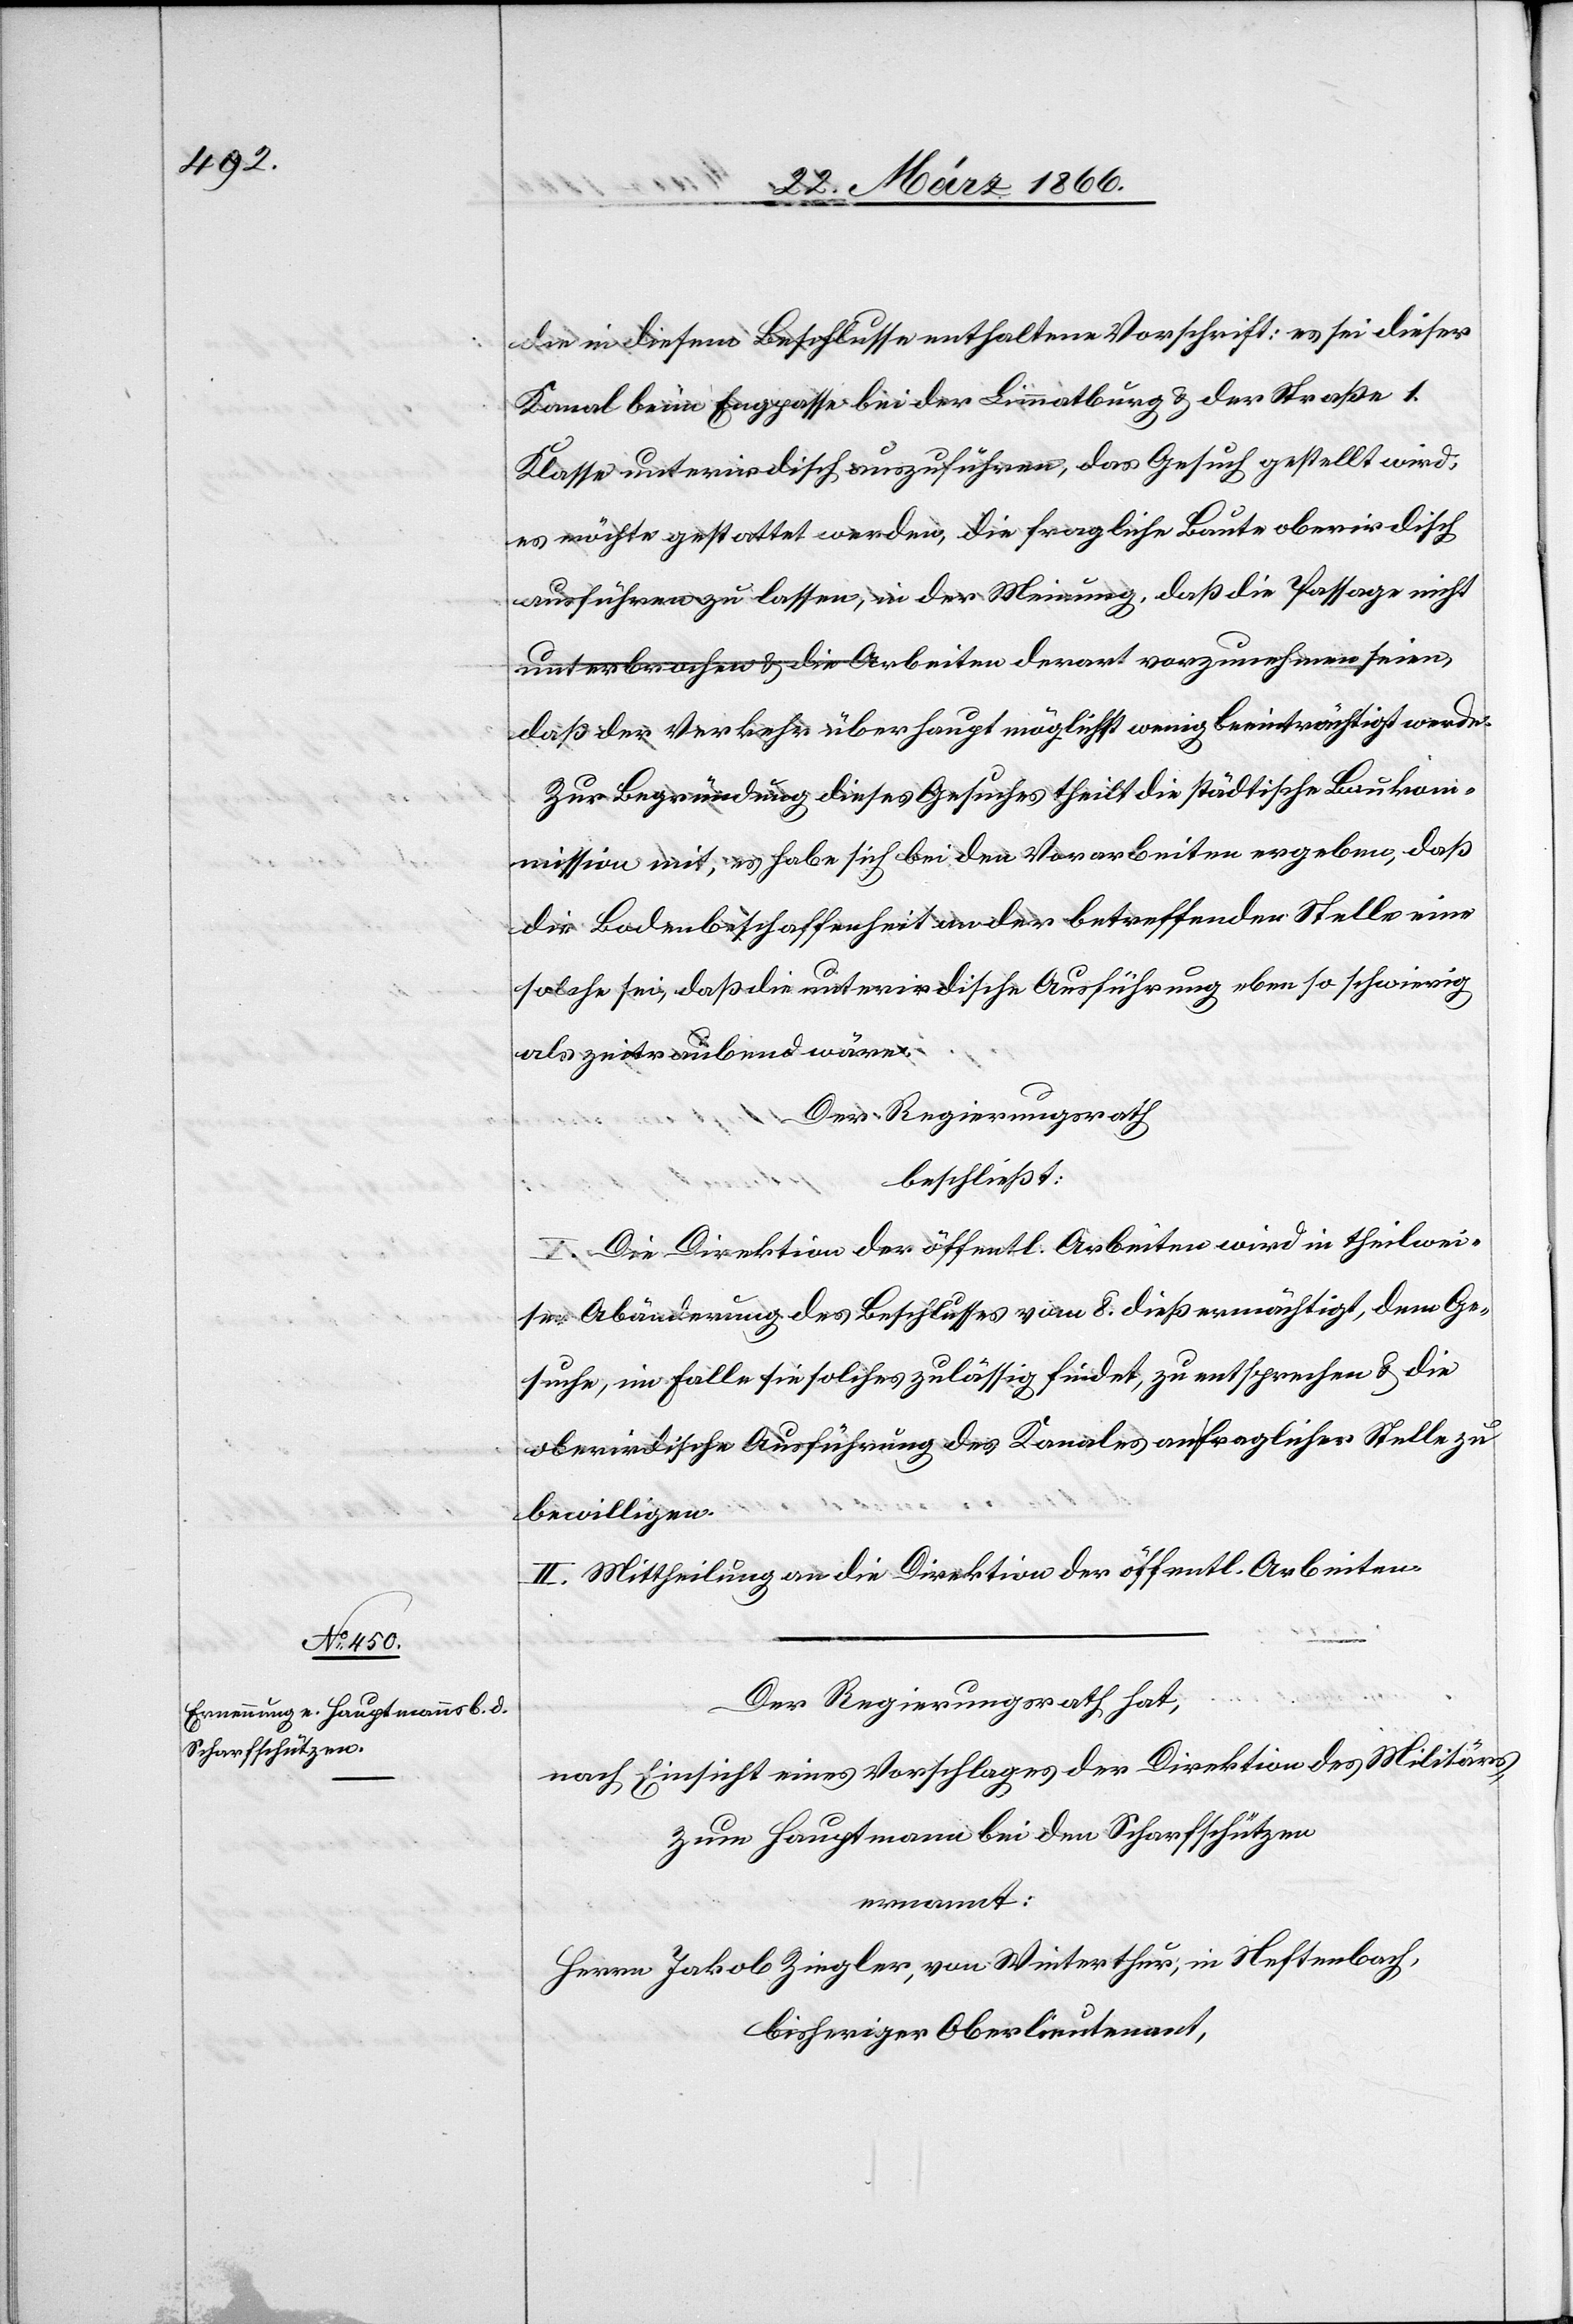
die in diesem Beschlusse enthaltene Vorschrift: es sei dieser
Kanal beim Engpasse bei der Limmatburg u. der Straße 1.
Klasse unterirdisch auszuführen, das Gesuch gestellt wird,
es möchte gestattet werden, die fragliche Baute oberirdisch
ausführen zu lassen, in der Meinung, daß die Passage nicht
unterbrochen u. die Arbeiten derart vorzunehmen seien,
daß der Verkehr überhaupt möglichst wenig beeinträchtigt werde.
Zur Begründung dieses Gesuches theilt die städtische Bauko¬
mmission mit, es habe sich bei den Vorarbeiten ergeben, daß
die Bodenbeschaffenheit an der betreffenden Stelle eine
solche sei, daß die unterirdische Ausführung eben so schwierig
als zeitraubend wäre.
Der Regierungsrath
beschließt:
I. Die Direktion der öffentl. Arbeiten wird in theilwei¬
ser Abänderung des Beschlusses vom 8. dieß ermächtigt, dem Ge¬
suche, im Falle sie solches zulässig findet, zu entsprechen u. die
oberirdische Ausführung des Kanales an fraglicher Stelle zu
bewilligen.
II. Mittheilung an die Direktion der öffentl. Arbeiten.
Der Regierungsrath hat,
nach Einsicht eines Vorschlages der Direktion des Militärs,
zum Hauptmann bei den Scharfschützen
ernannt:
Herrn Jakob Ziegler, von Winterthur; in Neftenbach,
bisheriger Oberlieutenant,